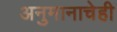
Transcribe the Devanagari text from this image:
अनुमानाचेही